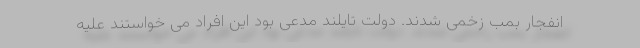
انفجار بمب زخمی شدند. دولت تایلند مدعی بود این افراد می خواستند علیه